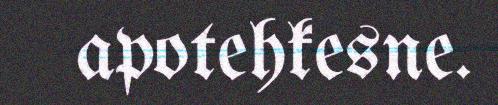
apotehkesne.